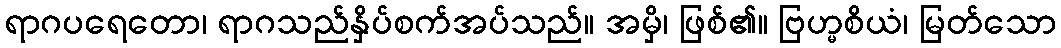
ရာဂပရေတော၊ ရာဂသည်နှိပ်စက်အပ်သည်။ အမှိ၊ ဖြစ်၏။ ဗြဟ္မစိယံ၊ မြတ်သော